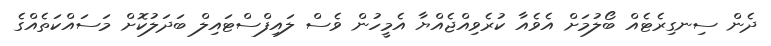
ދެން ސިނގިރެޓެއް ބޯލުމަށް އެވެއާ ކުރެވިއްޖެއްޔާ އެމީހުން ވެސް ލައިފްސްޓައިލް ބަދަލުކޮށް މަސައްކަތެއްގެ